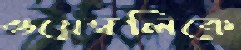
ওয়েম্বলিকে